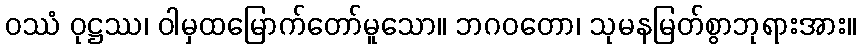
ဝဿံ ဝုဋ္ဌဿ၊ ဝါမှထမြောက်တော်မူသော။ ဘဂဝတော၊ သုမနမြတ်စွာဘုရားအား။